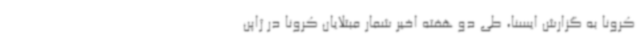
کرونا به گزارش ایسنا، طی دو هفته اخیر شمار مبتلایان کرونا در ژاپن